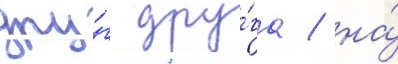
дру́г дру́га / на́